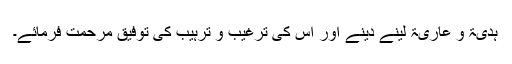
ہدیۃً و عاریۃً لینے دینے اور اس کی ترغیب و ترہیب کی توفیق مرحمت فرمائے۔